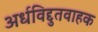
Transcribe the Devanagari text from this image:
अर्धविद्दुतवाहक